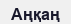
Аңқаң